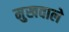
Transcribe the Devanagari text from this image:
मुखवाले